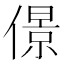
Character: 𠎠